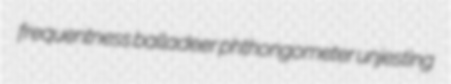
frequentness balladeer phthongometer unjesting